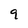
Character: 9